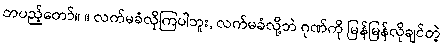
တပည့်တော်။ ။ လက်မခံလိုကြပါဘူး, လက်မခံလို့ဘဲ ဂုဏ်ကို မြန်မြန်လိုချင်တဲ့